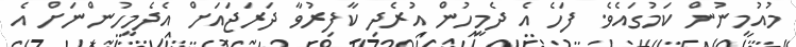
މުއުމިނުން ކަމުގައެވެ. ފަހެ އެ ދެމީހުން އުރެދި ކާފިރުވާ ދަރަޖައަށް އެދެމީހުންނަށް އެ